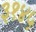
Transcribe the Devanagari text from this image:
३१४५